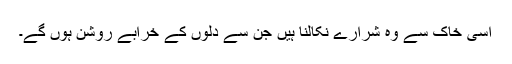
اسی خاک سے وہ شرارے نکالنا ہیں جن سے دلوں کے خرابے روشن ہوں گے۔